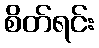
စိတ်ရင်း